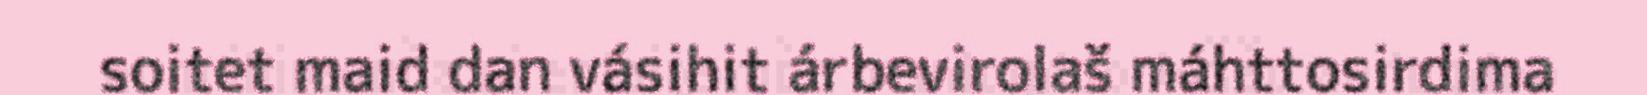
soitet maid dan vásihit árbevirolaš máhttosirdima